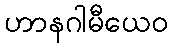
ဟာနဂါမီယေဝ